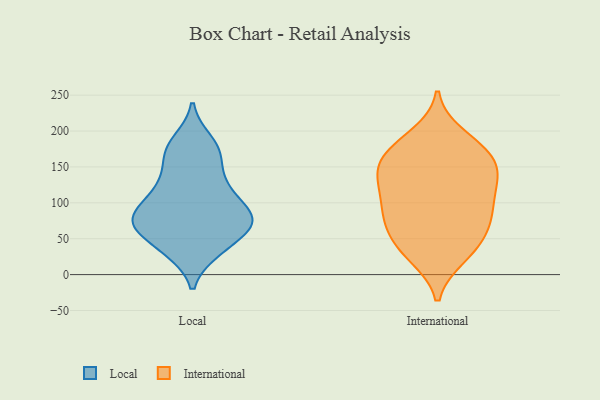
{"axis": {"x": "Satisfaction Score", "y": "Value"}, "legend": ["International", "Local"], "data": [{"x": "", "y": 126, "type": "Local"}, {"x": "", "y": 32, "type": "Local"}, {"x": "", "y": 35, "type": "Local"}, {"x": "", "y": 70, "type": "Local"}, {"x": "", "y": 72, "type": "Local"}, {"x": "", "y": 72, "type": "Local"}, {"x": "", "y": 61, "type": "Local"}, {"x": "", "y": 83, "type": "Local"}, {"x": "", "y": 163, "type": "Local"}, {"x": "", "y": 124, "type": "Local"}, {"x": "", "y": 187, "type": "Local"}, {"x": "", "y": 86, "type": "Local"}, {"x": "", "y": 170, "type": "Local"}, {"x": "", "y": 104, "type": "Local"}, {"x": "", "y": 116, "type": "International"}, {"x": "", "y": 193, "type": "International"}, {"x": "", "y": 178, "type": "International"}, {"x": "", "y": 173, "type": "International"}, {"x": "", "y": 147, "type": "International"}, {"x": "", "y": 81, "type": "International"}, {"x": "", "y": 91, "type": "International"}, {"x": "", "y": 69, "type": "International"}, {"x": "", "y": 26, "type": "International"}, {"x": "", "y": 158, "type": "International"}, {"x": "", "y": 78, "type": "International"}, {"x": "", "y": 97, "type": "International"}, {"x": "", "y": 36, "type": "International"}, {"x": "", "y": 32, "type": "International"}, {"x": "", "y": 135, "type": "International"}, {"x": "", "y": 53, "type": "International"}, {"x": "", "y": 129, "type": "International"}, {"x": "", "y": 137, "type": "International"}, {"x": "", "y": 166, "type": "International"}]}